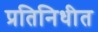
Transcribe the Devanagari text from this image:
प्रतिनिधीत